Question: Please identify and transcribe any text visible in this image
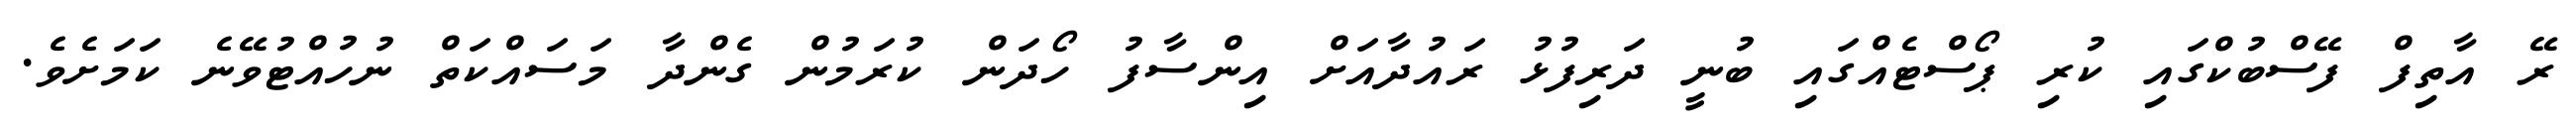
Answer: ރޭ އާތިފް ފޭސްބުކްގައި ކުރި ޕޯސްޓެއްގައި ބުނީ ދަރިފުޅު ރައުދާއަށް އިންސާފު ހޯދަން ކުރަމުން ގެންދާ މަސައްކަތް ނުހުއްޓުވޭނެ ކަމަށެވެ.